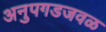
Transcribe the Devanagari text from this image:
अनुपगडजवळ